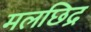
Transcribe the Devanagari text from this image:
मलछिद्र